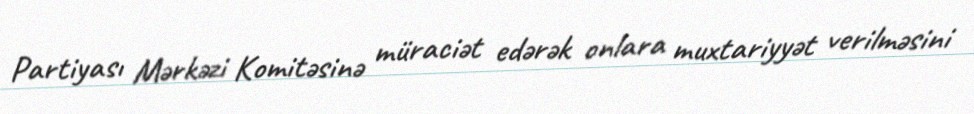
Partiyası Mərkəzi Komitəsinə müraciət edərək onlara muxtariyyət verilməsini